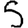
Digit: 5